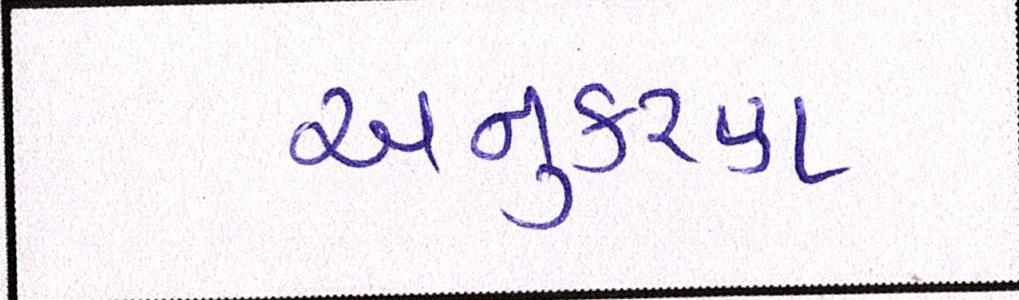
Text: અનુકરણ